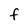
Character: F